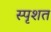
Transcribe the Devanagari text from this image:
स्पृशत